Report of the Municipal Commissioner on the plague in Bombay for the year ending 31st May... - Volume 2
Disease focus: Plague
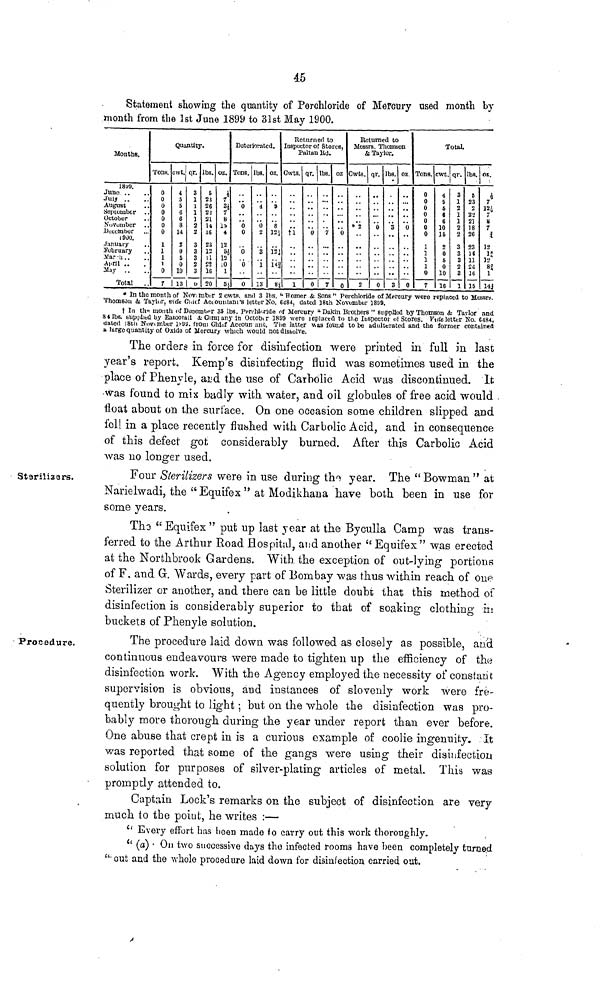
45
Statement showing the quantity of Perchloride of Mercury used month by
month from the 1st June 1899 to 31st May 1900.
Months.
18'Jl).
June ..
Jutj ..
August
September
October
NoVumber
December
190D
January
February
-Mar-h..
Ai.rJl ..
May . .
Total
Quantity.
Tons.
0
0
0
0
0
0
0
1
1
1
1
0
7
cwt.
4
ft
5
6
6
8
14
2
0
5
0
10
13
qr.
3
1
l
1
1
2
2
3
3
3
2
3
1 0
Ibs.
5
2:»
26
22
521
U
16
23
12
li
£2
16
20
OZ.
A
7
3*
7
U
lit
4
12
5A
IS
lO
1
5.)
Deteriorated.
Tons.
0
6
0
0
0
0
Ibs.
4
.,
0
2
8
1
13
oz.
9
8
12i
12
1<!
«s
Returned to
Inspector of Stores,
Faltan Kd.
Gwts.
..
tl
1
qr.
>.
0
0
Ibs.
.
..
7
7
oz
..
..
U
0
Returned to
Messrs. Thomson
& Taylor.
Cwts.
* 2
2
qr.
t t
0
0
Ibs.
m >
3
••
3
oz
0
••
0
Total.
Tone.
0
0
0
0
0
0
0
1
1
1
1
U
7
cwt.
4
5
fi
6
6
10
15
K
0
ft
0
10
16
qr.
3
1
2
1
1
2
2
3
3
3
2
3
1
Ibs.
5
?S
2
2-2
21
18
26
23
1C
11
24
16
15
OS.
h
7
12.',
7
Si
7
J
12
1J
12
8?
141
« In the month of Nov. rattr 2 cwts. and 3 Ibs. '• Homer & Sons " Perchloride of Mercury were replaced to Messrs.
Thomson & Taylor, viefc Cintf Aciountani's letter No. 6484, dated 18th November 1809.
t In th" month of Deoembpr 35 Ibs. Perrlil<.rlde of Mercury "Dakin Brothers " supplied by Thomson & Taylor and
84 Ibs. supplied by Easootali & Com] any In Octobtr 1899 were leplacefl to tl.e Inspector of Stores. Fute letter No. 6484,
dated )8tli Novtinber 1^9S. from Ghiof Accoun ant. Tiie latter -was found to be adulterated and the former contained
a large quantity of Oxide of Mercury which would not dissolve.
The orders in force for disinfection were printed in full in last
year's report. Kemp's disinfecting fluid was sometimes used in the
place of Phenyle, and the use of Carbolic Acid was discontinued. It
was found to mis badly with water, and oil globules of free acid would
float about on the surface. On one occasion some .children slipped and
fell in a place recently flushed with Carbolic Acid, and in consequence
of this defect got considerably burned. After this Carbolic Acid
was no longer used.
Sterilizers.
Four Sterilizers were in use during the year. The " Bowman " at
Narielwadi, the " Equifex " at Modikhana have both been in use for
some years.
The "Equifex" put up last year at the Byculla Camp was trans-
ferred to the Arthur Road Hospital, and another " Equifex" was erected
at the Northbrook Gardens. With, the exception of out-lying portions
of F. and Gr. Wards, every part of Bombay was thus within reach of one
Sterilizer or another, and there can be little doubt that this method of
disinfection is considerably superior to that of soaking clothing in
buckets of Phenyle solution.
Procedure.
The procedure laid down was followed as closely as possible, and
continuous endeavours were made to tighten up the efficiency of the
disinfection work. With the Agency employed the necessity of constant
supervision is obvious, aud instances of slovenly work were fre-
quently brought to light; but on the whole the disinfection was pro-
bably more thorough during the year under report than ever before.
One abuse that crept in is a curious example of coolie ingenuity. It
was reported that some of the gangs were using their disinfection
solution for purposes of silver-plating articles of metal. This was
promptly attended to.
Captain Lock's remarks on the subject of disinfection are very
much to the point, he writes :—
" Every effort has been made to carry out this work thoroughly.
'' (a) On two successive days the infected rooms have been completely turned
" out and the whole procedure laid down for disinfection carried out.